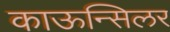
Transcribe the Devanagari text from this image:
काऊन्सिलर